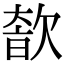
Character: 𣣩